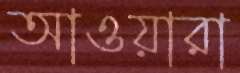
আওয়ারা